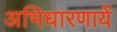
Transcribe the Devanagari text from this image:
अभिधारणायें